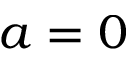
a = 0